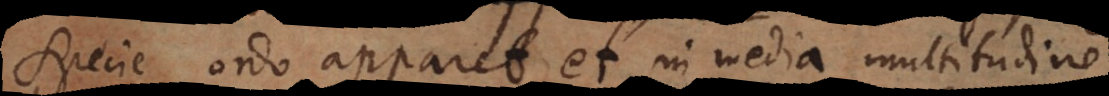
specie ordo apparet et in media multitudine